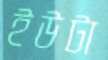
ইউটা